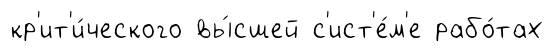
кр'ит'и́ческого вы́сшей с'ист'е́м'е рабо́тах